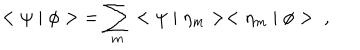
< \psi \mid \phi > \; = \sum _ { m } < \psi \mid \eta _ { m } > < \eta _ { m } \mid \phi > \; \; ,